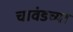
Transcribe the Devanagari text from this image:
चावंडच्या